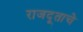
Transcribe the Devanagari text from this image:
राजदूताचे